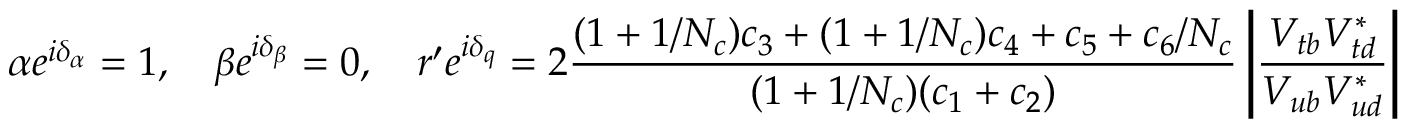
\alpha e ^ { i \delta _ { \alpha } } = 1 , \quad \beta e ^ { i \delta _ { \beta } } = 0 , \quad r ^ { \prime } e ^ { i \delta _ { q } } = 2 \frac { ( 1 + 1 / N _ { c } ) c _ { 3 } + ( 1 + 1 / N _ { c } ) c _ { 4 } + c _ { 5 } + c _ { 6 } / N _ { c } } { ( 1 + 1 / N _ { c } ) ( c _ { 1 } + c _ { 2 } ) } \left| \frac { V _ { t b } V _ { t d } ^ { * } } { V _ { u b } V _ { u d } ^ { * } } \right| .